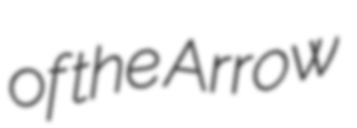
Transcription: of the Arrow